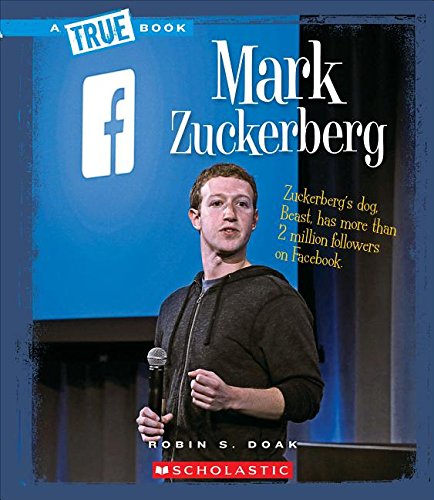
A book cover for Mark Zuckerberg (True Bookbiographies); Robin S. Doak; Children's Books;